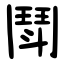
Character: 鬦